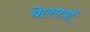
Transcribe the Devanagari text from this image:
बेलपत्रों